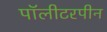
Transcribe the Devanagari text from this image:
पॉलीटरपीन